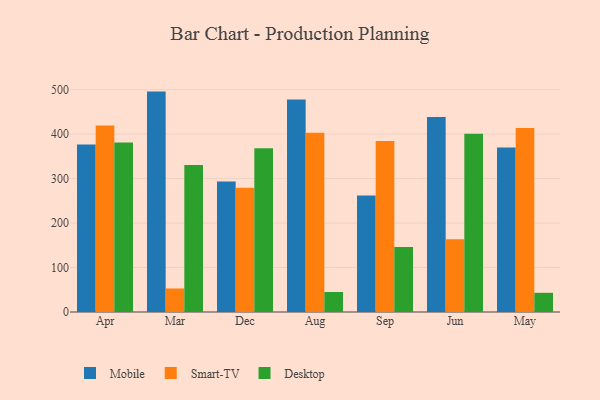
{"axis": {"x": "Month", "y": "Waste Production (Tons)"}, "legend": ["Desktop", "Mobile", "Smart-TV"], "data": [{"x": "Apr", "y": 376.4, "type": "Mobile"}, {"x": "Apr", "y": 419.1, "type": "Smart-TV"}, {"x": "Apr", "y": 381.0, "type": "Desktop"}, {"x": "Mar", "y": 495.6, "type": "Mobile"}, {"x": "Mar", "y": 52.9, "type": "Smart-TV"}, {"x": "Mar", "y": 330.8, "type": "Desktop"}, {"x": "Dec", "y": 293.4, "type": "Mobile"}, {"x": "Dec", "y": 279.6, "type": "Smart-TV"}, {"x": "Dec", "y": 368.0, "type": "Desktop"}, {"x": "Aug", "y": 478.0, "type": "Mobile"}, {"x": "Aug", "y": 402.9, "type": "Smart-TV"}, {"x": "Aug", "y": 45.0, "type": "Desktop"}, {"x": "Sep", "y": 262.1, "type": "Mobile"}, {"x": "Sep", "y": 384.7, "type": "Smart-TV"}, {"x": "Sep", "y": 146.4, "type": "Desktop"}, {"x": "Jun", "y": 438.5, "type": "Mobile"}, {"x": "Jun", "y": 163.6, "type": "Smart-TV"}, {"x": "Jun", "y": 401.1, "type": "Desktop"}, {"x": "May", "y": 370.0, "type": "Mobile"}, {"x": "May", "y": 413.8, "type": "Smart-TV"}, {"x": "May", "y": 43.2, "type": "Desktop"}]}